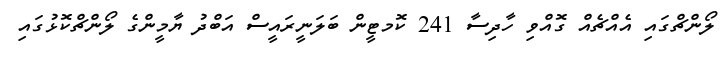
ލޯންޗްގަައި އެއްޗެއް ގޮއްވި ހާދިސާ 241 ކޮމޓީން ބަލަނީރައީސް އަބްދު ޔާމީންގެ ލޯންޗްކޮޅުގައި